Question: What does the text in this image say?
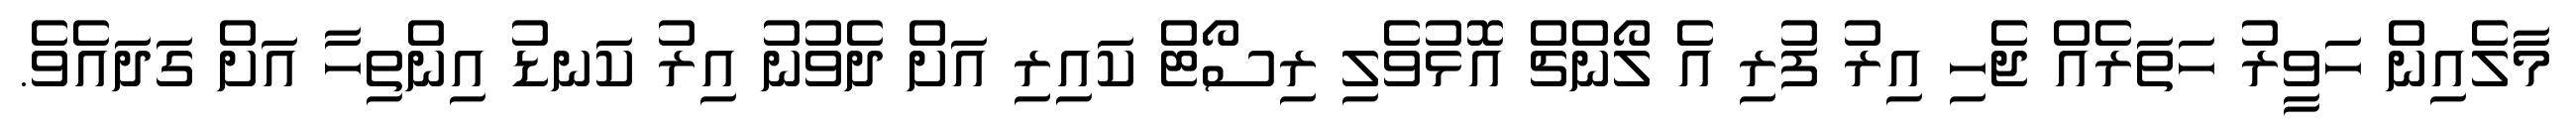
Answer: މާލެއިން ހަވީރު ހަތަރެއް ޖެހި އިރު ފުރި އެ ލޯންޗް އޮޅުވެލި ރިސޯޓް ކައިރި އަށް ދެވުނު އިރު ކަނޑު އިންތިހާ އަށް ގަދައެވެ.